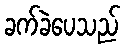
ခက်ခဲပေသည်